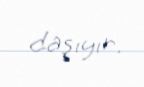
daşıyır.